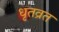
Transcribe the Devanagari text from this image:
धृतव्रत